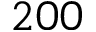
2 0 0